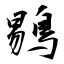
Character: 鶍